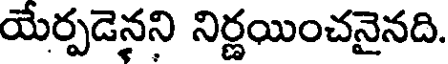
యేర్పడెనని నిర్ణయించనైనది.